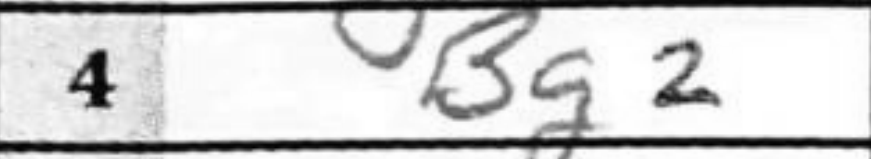
Transcription: Bg2